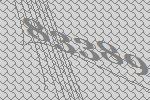
83389